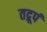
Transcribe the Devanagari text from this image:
तद्रूपं